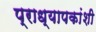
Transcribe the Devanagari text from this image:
प्राध्यापकांशी